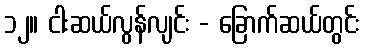
၁၂။ ငါးဆယ်လွန်လျင်း - ခြောက်ဆယ်တွင်း